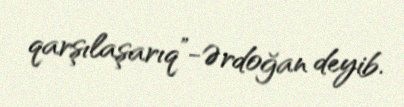
qarşılaşarıq”-Ərdoğan deyib.